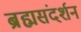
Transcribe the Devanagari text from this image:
ब्रह्मसंदर्शन